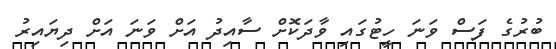
ބުރުގެ ފަސް ވަނަ ހީޓުގައި ވާދަކޮށް ސާއިދު އަށް ވަނަ އަށް ދިޔައިރު